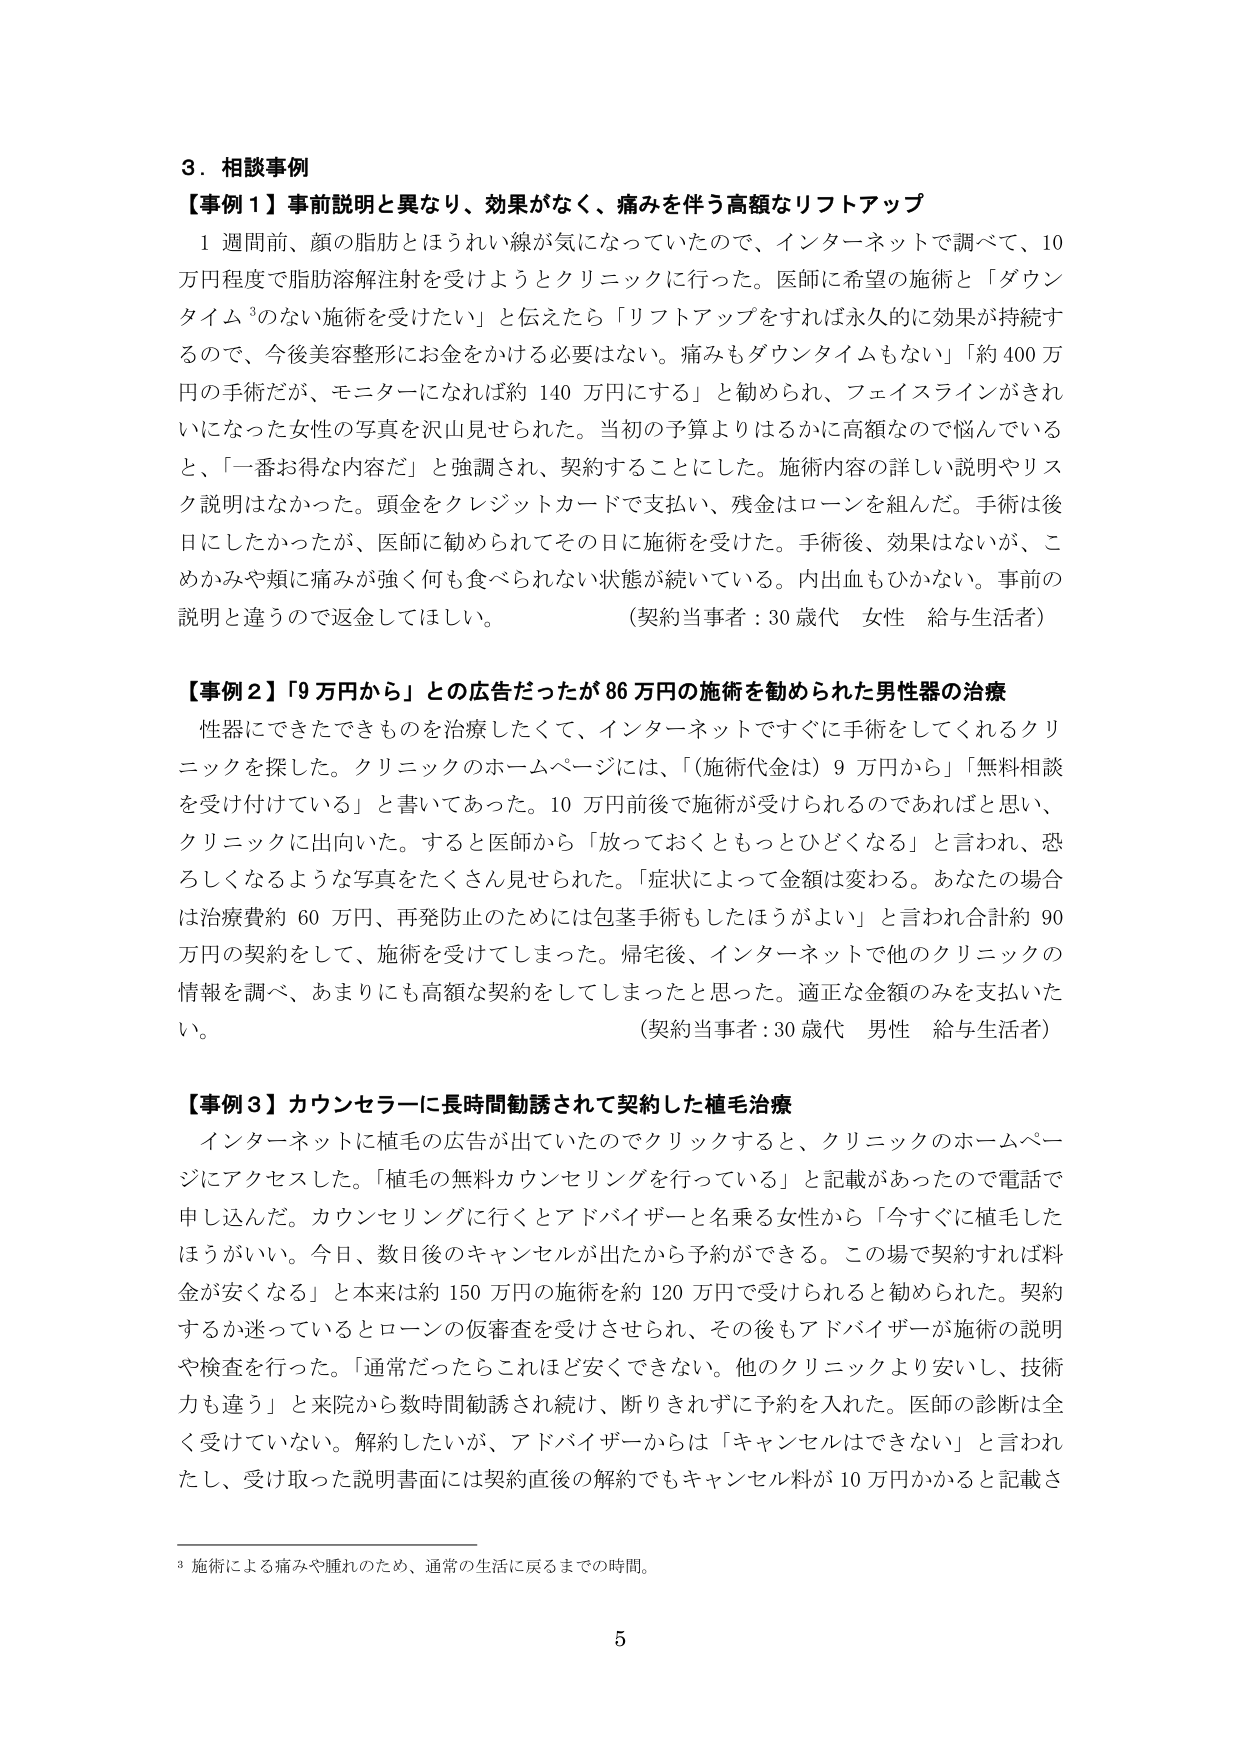
3．相談事例

【事例1】事前説明と異なり、効果がなく、痛みを伴う高額なリフトアップ

1週間前、顔の脂肪とほうれい線が気になっていたので、インターネットで調べて、10万円程度で脂肪溶解注射を受けようとクリニックに行った。医師に希望の施術と「ダウンタイム³のない施術を受けたい」と伝えたら「リフトアップをすれば永久的に効果が持続するので、今後美容整形にお金をかける必要はない。痛みもダウンタイムもない」「約400万円の手術だが、モニターになれば約140万円にする」と勧められ、フェイスラインがきれいになった女性の写真を沢山見せられた。当初の予算よりはるかに高額なので悩んでいると、「一番お得な内容だ」と強調され、契約することにした。施術内容の詳しい説明やリスク説明はなかった。頭金をクレジットカードで支払い、残金はローンを組んだ。手術は後日にしたかったが、医師に勧められてその日に施術を受けた。手術後、効果はないが、こめかみや頬に痛みが強く何も食べられない状態が続いている。内出血もひかない。事前の説明と違うので返金してほしい。
（契約当事者：30歳代 女性 給与生活者）

【事例2】「9万円から」との広告だったが86万円の施術を勧められた男性器の治療

性器にできたできものを治療したくて、インターネットですぐに手術をしてくれるクリニックを探した。クリニックのホームページには、「（施術代金は）9万円から」「無料相談を受け付けている」と書いてあった。10万円前後で施術が受けられるのであればと思い、クリニックに出向いた。すると医師から「放っておくともっとひどくなる」と言われ、恐ろしくなるような写真をたくさん見せられた。「症状によって金額は変わる。あなたの場合は治療費約60万円、再発防止のためには包茎手術もしたほうがよい」と言われ合計約90万円の契約をして、施術を受けてしまった。帰宅後、インターネットで他のクリニックの情報を調べ、あまりにも高額な契約をしてしまったと思った。適正な金額のみを支払いたい。
（契約当事者：30歳代 男性 給与生活者）

【事例3】カウンセラーに長時間勧誘されて契約した植毛治療

インターネットに植毛の広告が出ていたのでクリックすると、クリニックのホームページにアクセスした。「植毛の無料カウンセリングを行っている」と記載があったので電話で申し込んだ。カウンセリングに行くとアドバイザーと名乗る女性から「今すぐに植毛したほうがいい。今日、数日後のキャンセルが出たから予約ができる。この場で契約すれば料金が安くなる」と本来は約150万円の施術を約120万円で受けられると勧められた。契約するか迷っているとローンの仮審査を受けさせられ、その後もアドバイザーが施術の説明や検査を行った。「通常だったらこれほど安くできない。他のクリニックより安いし、技術力も違う」と来院から数時間勧誘され続け、断りきれずに予約を入れた。医師の診断は全く受けていない。解約したいが、アドバイザーからは「キャンセルはできない」と言われたし、受け取った説明書面には契約直後の解約でもキャンセル料が10万円かかると記載さ

³ 施術による痛みや腫れのため、通常の生活に戻るまでの時間。

5